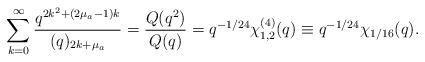
LaTeX: \begin{align*}\sum_{k=0}^\infty\frac{q^{2k^2+(2\mu_a-1) k}}{(q)_{2k+\mu_a}}=\frac{Q(q^2)}{Q(q)}=q^{-1/24}\chi_{1,2}^{(4)}(q)\equiv q^{-1/24}\chi_{1/16}(q).\end{align*}